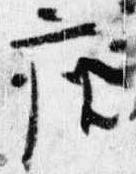
座